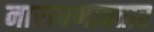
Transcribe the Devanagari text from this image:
नारायणावतार